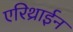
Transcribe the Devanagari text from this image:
एरिथ्राईन